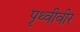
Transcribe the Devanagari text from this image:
पृथ्वीवीर